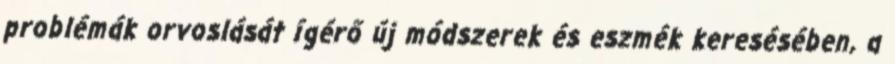
problémák orvoslását ígérő új módszerek és eszmék keresésében, a